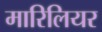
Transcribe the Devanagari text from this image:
मारिलियर